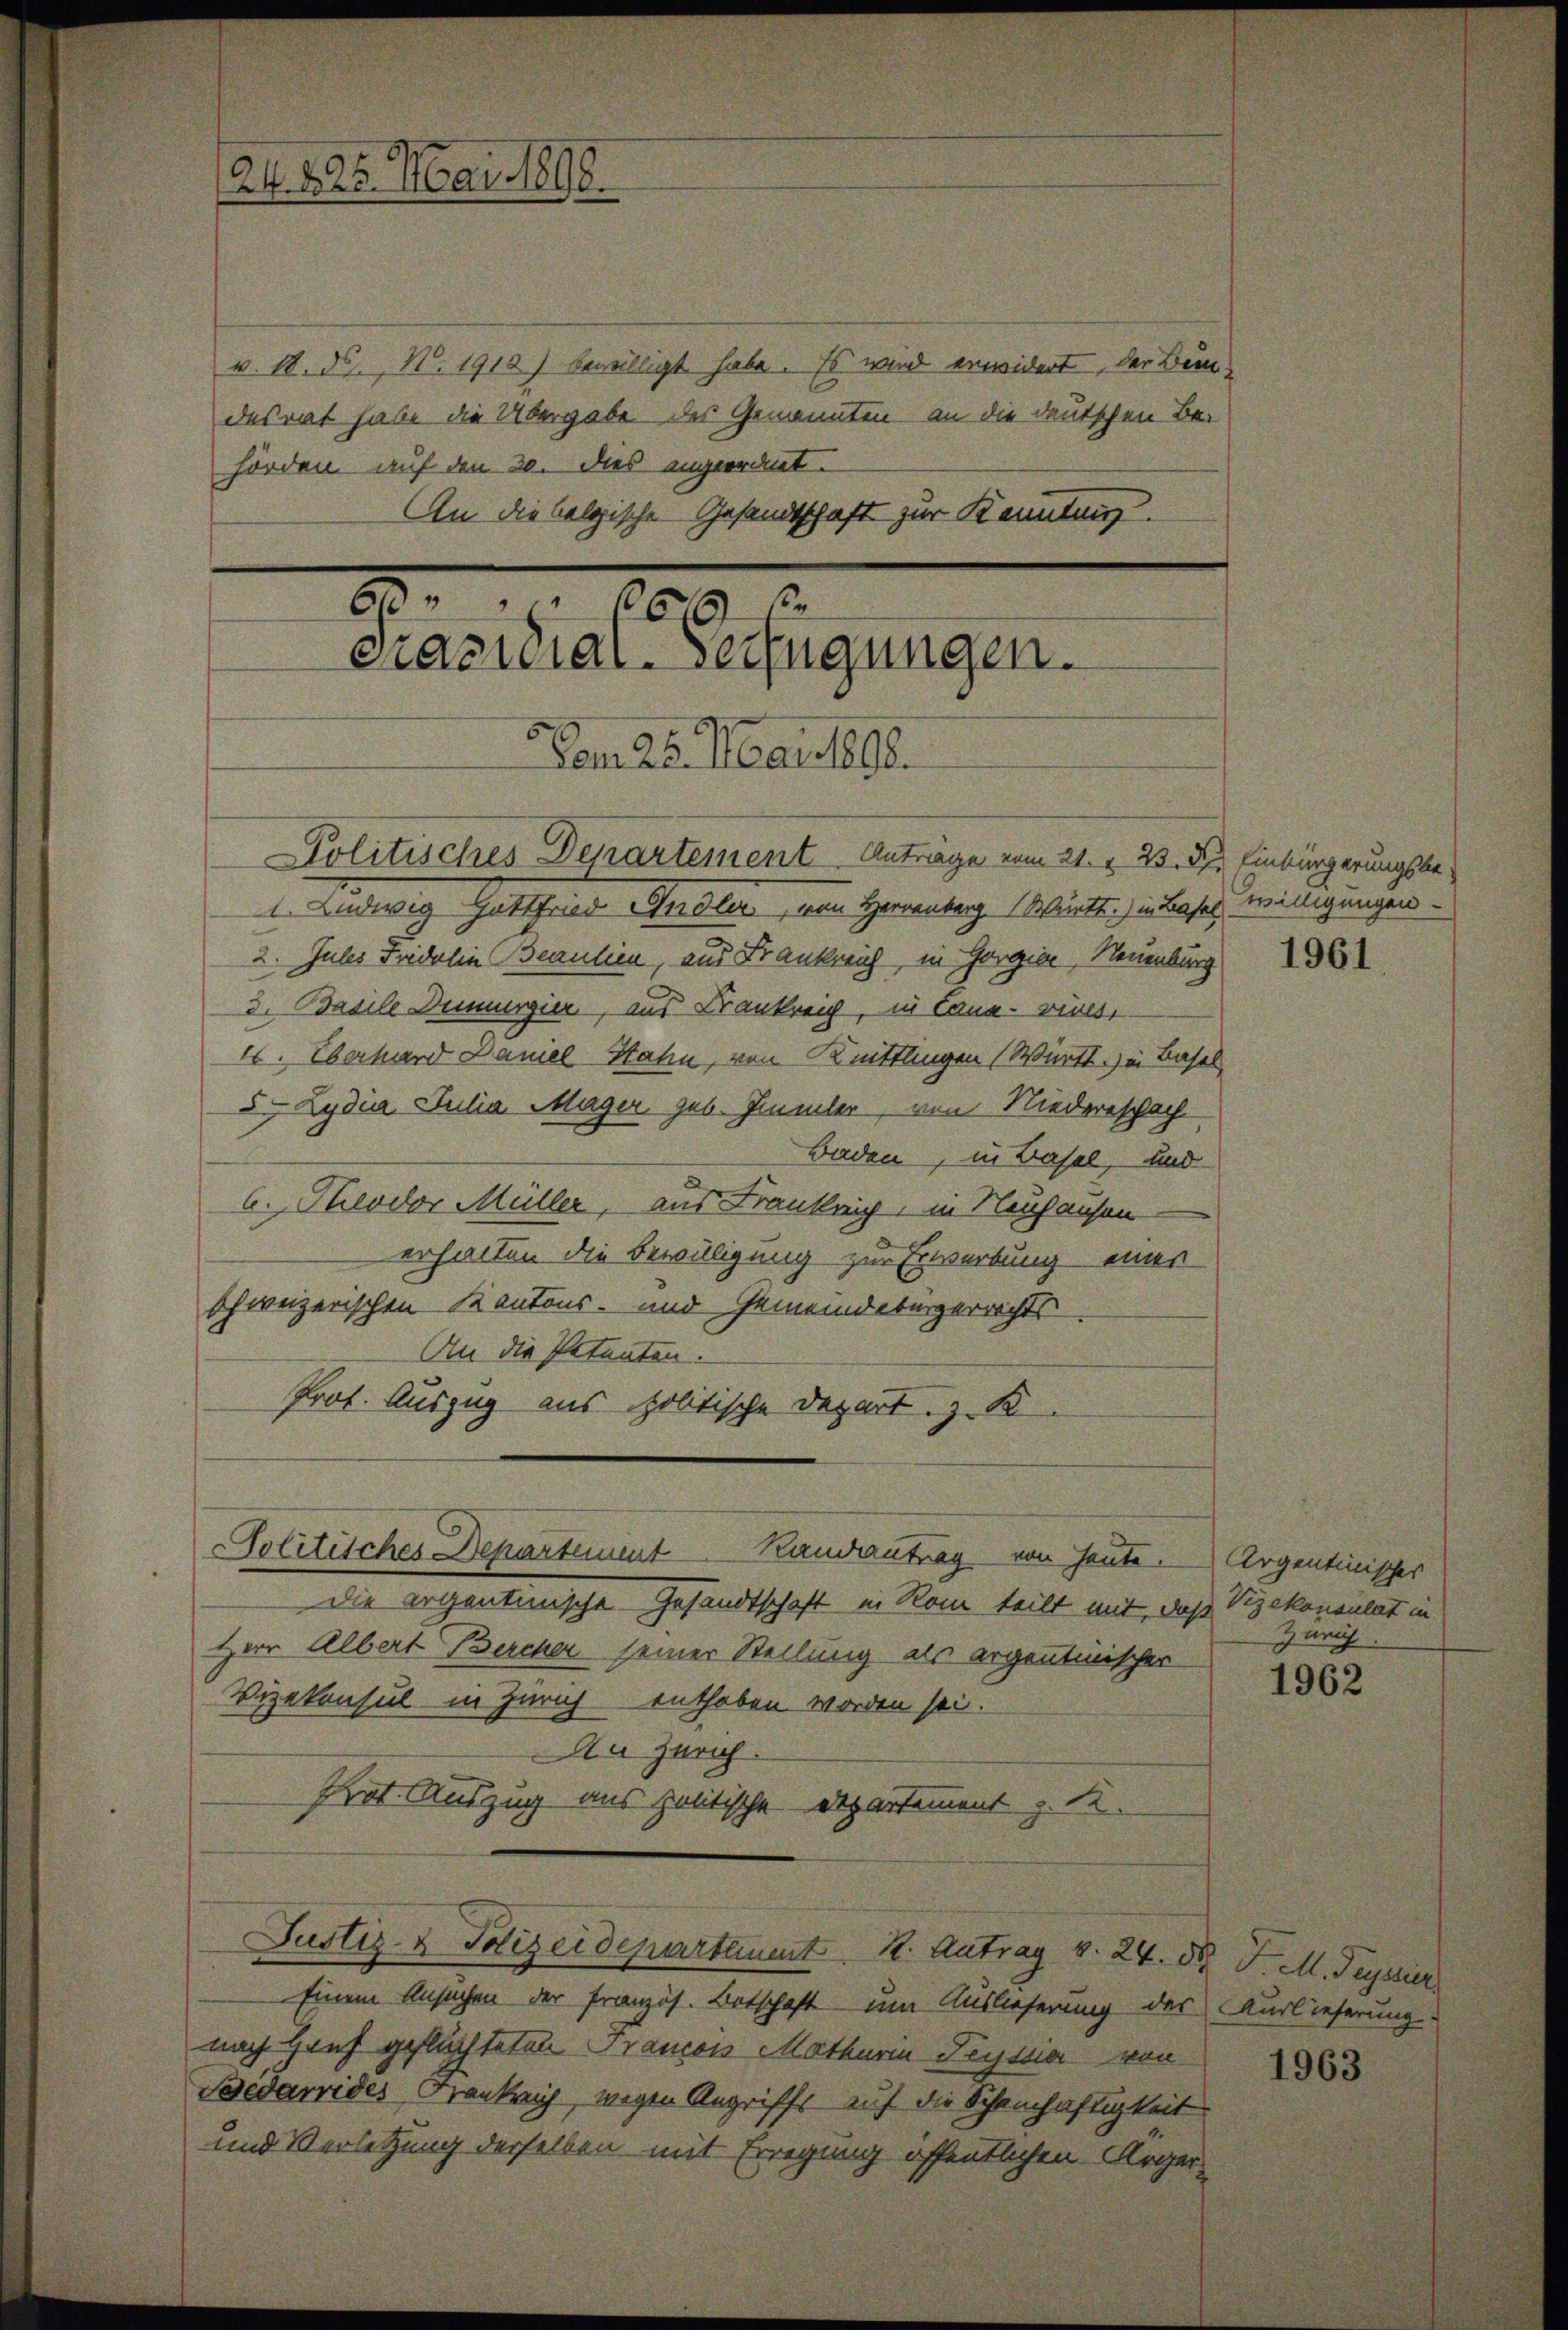
Ab. 125. Mai 1898.

v. 18. ds., N. 1913) bewilligt habe. Es wird erwidert, der Beur-
desrat habe die Übergabe des Genannten an die deutschen Behörden auf den 20. Dies angeordnet.
An die folgische Gesandtschaft zur Kenntung.

1 189
Präsidial-Verfügungen.
Vom 25. Mai 1890.

Politisches Departement Anträge vom 21. v. 23. 87. Einbürgerungsbe¬
1 Ludwig Gottfried Andler, von Herrenberg Württ.) in Basel
2. Jules Fridelin Beaulien, aus Frankreich in Gorgiae, Neuenburg
3. Basile Demurgier, aus Krankreich, in Cana-vives,
I. Überhard Damel Hahn, von Knittlingen (Württ.) in Basel,
5. Lydia Julia Mager geb. Immler, von Niederschach
Baden, in Basel, und
A. Theodor Müller, aus Krankreich, in Nachausen
erhalten die Bewilligung zur Erwerbung einer
schweizerischen Kantons- und Gemeindebürgerrechts
An die Petenten.
Prot. Auszug aus politische Depart. z. B.

Solitiches Departement Kausantrag von Heute.

Die argentinische Gesandtschaft in Rom teilt mit, daß Kzekonsulat in
Herr Albert Bercher seiner Stellung als argentinischer
Vizekonsul in Zürich enthoben worden sei.
An Zürich.
Prot. Auszug aus zeitische Departement z. R.

Justiz- & Polizeidepartement 12. Antrag v. 24. 58 J. M. Peyssier

Einem Ansuchen der französ. Betschaft um Auslieferung des Karlieferung
nach Hauf geflüchteten Francon Matharin Teysser von
Sedawrides Frankreich, wegen Angriffs auf die Scheinhaftigkeit
und Verletzung derselben mit Erregung öffentlichen Ärger¬

willigungen

1961

Argentinisches
Zürich

1962

1963